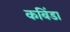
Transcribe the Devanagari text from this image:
कबिंडा